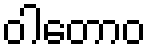
ဝါတောဝ